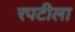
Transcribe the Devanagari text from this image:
रपटीला